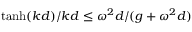
\operatorname { t a n h } ( k d ) / k d \leq \omega ^ { 2 } d / ( g + \omega ^ { 2 } d )